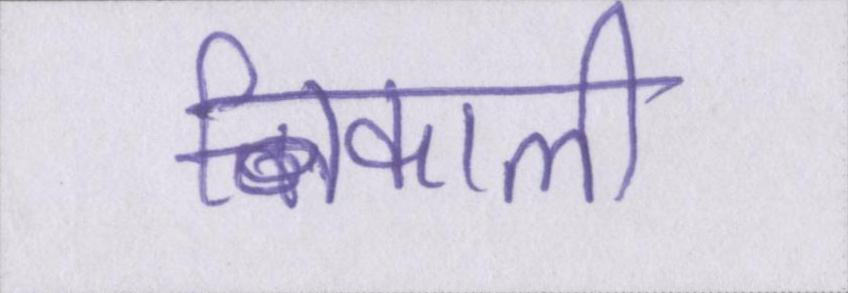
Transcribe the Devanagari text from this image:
निकाली